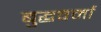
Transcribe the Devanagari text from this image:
बुद्धवर्मा